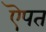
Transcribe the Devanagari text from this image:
ऎपत